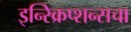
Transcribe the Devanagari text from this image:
इन्स्क्रिप्शन्सचा